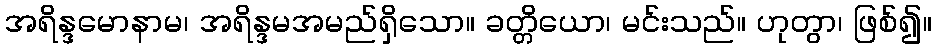
အရိန္ဒမောနာမ၊ အရိန္ဒမအမည်ရှိသော။ ခတ္တိယော၊ မင်းသည်။ ဟုတွာ၊ ဖြစ်၍။